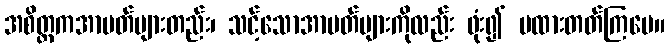
အစိတ္တကအာပတ်များတည်း၊ သင့်သောအာပတ်များကိုလည်း ဖုံး၍ မထားတတ်ကြပေ။